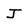
Character: J